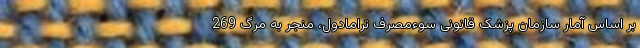
بر اساس آمار سازمان پزشک قانونی سوءمصرف ترامادول، منجر به مرگ 269